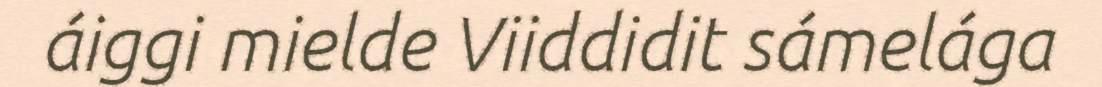
áiggi mielde Viiddidit sámelága